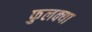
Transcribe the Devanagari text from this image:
फुलक्या